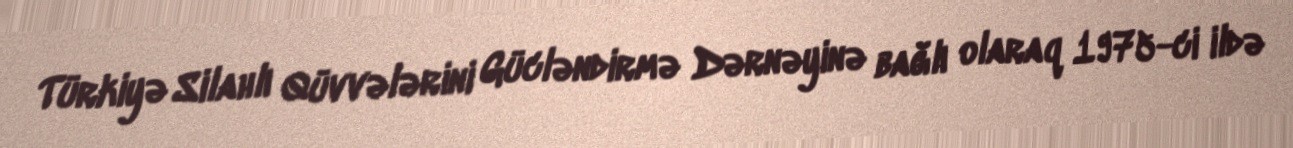
Türkiyə Silahlı Qüvvələrini Gücləndirmə Dərnəyinə bağlı olaraq 1975-ci ildə